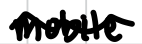
Text: mobile.
Cross-out: wave
Writing tool: digital_black